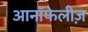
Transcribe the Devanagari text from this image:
आनॉफेलीज़